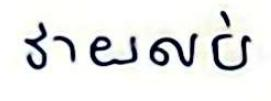
វាយលប់